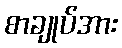
စာချုပ်အား